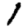
Digit: 1